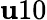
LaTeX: \mathbf{u}10